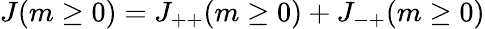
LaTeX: J(m\ge 0)=J_{++}(m\ge 0)+J_{-+}(m\ge 0)